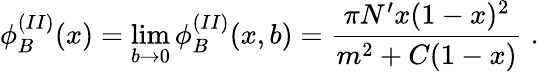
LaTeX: \phi_{B}^{(II)}(x)=\operatorname*{lim}_{b\to 0}\phi_{B}^{(II)}(x,b)=\frac{\pi N^{\prime}x(1-x)^{2}}{m^{2}+C(1-x)}\; .